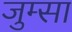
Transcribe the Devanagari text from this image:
जुम्सा